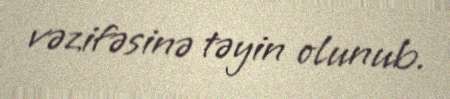
vəzifəsinə təyin olunub.